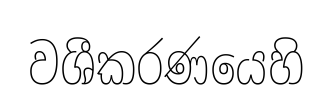
වශීකරණයෙහි